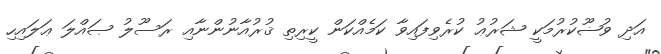
އަދި ވުޟޫކުރުމަކީ ޝަރުޢު ކުރެވިފައިވާ ކަމެއްކަން ކީރިތި ޤުރުއާނުންނާއި ރަސޫލު ޞައްލަ ޢަލައިހި